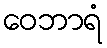
ဝေဘာရံ